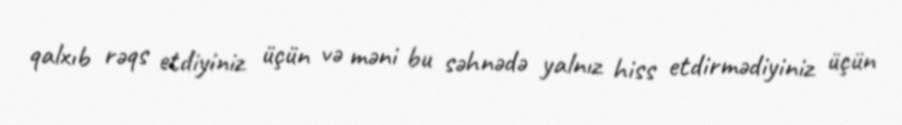
qalxıb rəqs etdiyiniz üçün və məni bu səhnədə yalnız hiss etdirmədiyiniz üçün